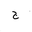
Letter: _gim